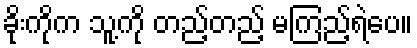
ခိုးကိုက သူ့ကို တည့်တည့် မကြည့်ရဲပေ။